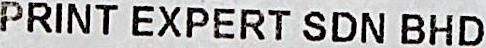
PRINT EXPERT SDN BHD